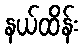
နယ်ထိန်း